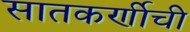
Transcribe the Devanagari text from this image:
सातकर्णीची